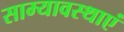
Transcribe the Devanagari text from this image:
साम्यावस्थाएं